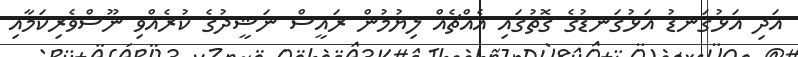
އަދި އަޅުގަނޑު އަޅުގަނޑުގެ ގޮތުގައި އެއްޗެއް ލިޔުމުން ރައީސް ނަޝީދުގެ ކުރެއްވި ނޫސްވެރިކަމާއި